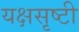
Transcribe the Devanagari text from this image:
यक्षसृष्टी